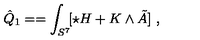
\hat { Q } _ { 1 } = = \int _ { S ^ { 7 } } \! [ \star H + K \wedge \tilde { A } ] \ ,